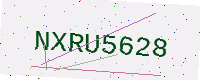
Text: NXRU5628